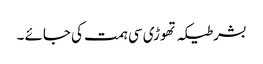
بشرطیکہ تھوڑی سی ہمت کی جائے ۔